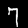
Digit: 7